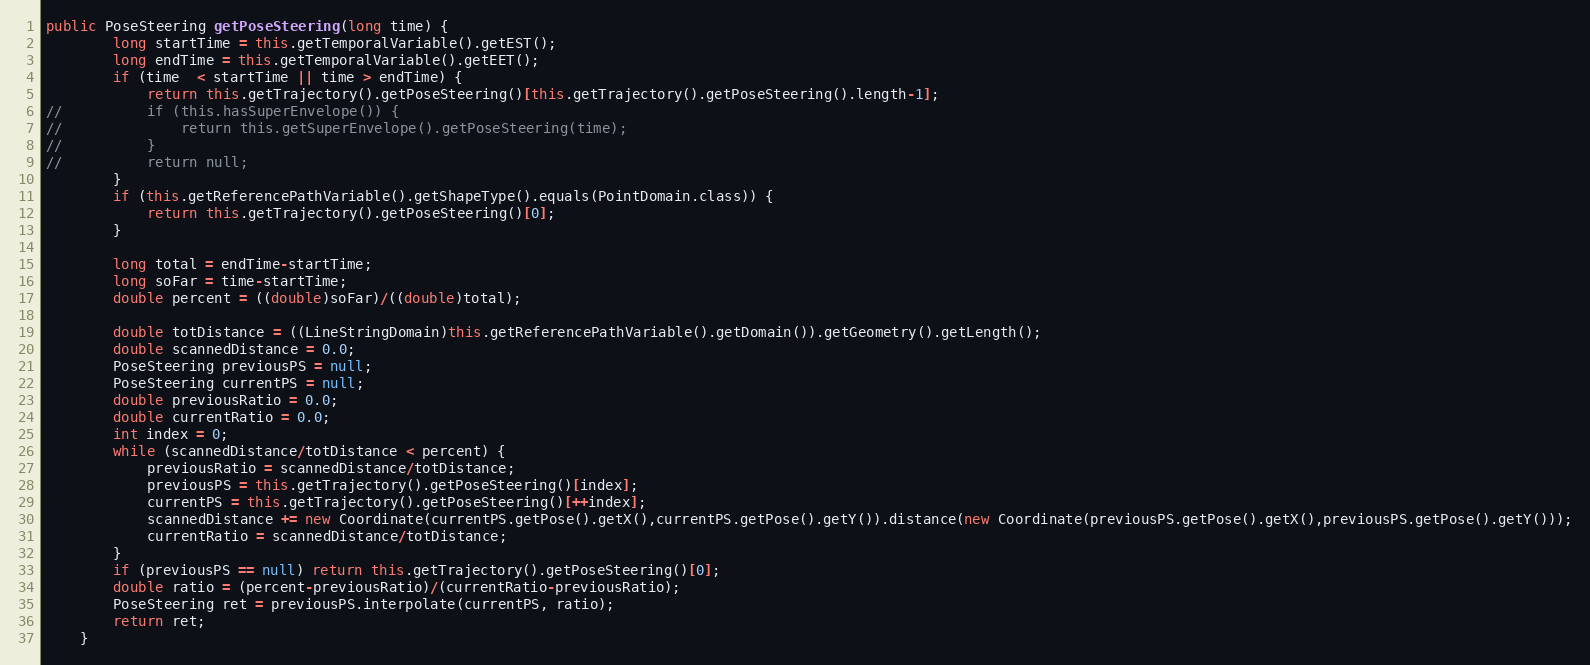
Language: Java
public PoseSteering getPoseSteering(long time) {
		long startTime = this.getTemporalVariable().getEST();
		long endTime = this.getTemporalVariable().getEET();
		if (time  < startTime || time > endTime) {
			return this.getTrajectory().getPoseSteering()[this.getTrajectory().getPoseSteering().length-1];
//			if (this.hasSuperEnvelope()) {
//				return this.getSuperEnvelope().getPoseSteering(time);
//			}
//			return null;
		}
		if (this.getReferencePathVariable().getShapeType().equals(PointDomain.class)) {
			return this.getTrajectory().getPoseSteering()[0];
		}

		long total = endTime-startTime;
		long soFar = time-startTime;
		double percent = ((double)soFar)/((double)total);

		double totDistance = ((LineStringDomain)this.getReferencePathVariable().getDomain()).getGeometry().getLength();
		double scannedDistance = 0.0;
		PoseSteering previousPS = null;
		PoseSteering currentPS = null;
		double previousRatio = 0.0;
		double currentRatio = 0.0;
		int index = 0;
		while (scannedDistance/totDistance < percent) {
			previousRatio = scannedDistance/totDistance;
			previousPS = this.getTrajectory().getPoseSteering()[index];
			currentPS = this.getTrajectory().getPoseSteering()[++index];
			scannedDistance += new Coordinate(currentPS.getPose().getX(),currentPS.getPose().getY()).distance(new Coordinate(previousPS.getPose().getX(),previousPS.getPose().getY()));
			currentRatio = scannedDistance/totDistance;
		}
		if (previousPS == null) return this.getTrajectory().getPoseSteering()[0];
		double ratio = (percent-previousRatio)/(currentRatio-previousRatio);
		PoseSteering ret = previousPS.interpolate(currentPS, ratio);
		return ret;
	}